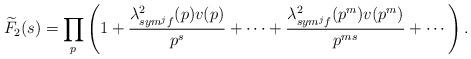
LaTeX: \begin{align*}\widetilde{F}_{2}(s)=\prod_{p}^{} \left(1+\frac{\lambda^{2}_{sym^{j}f}(p)v(p)}{p^{s}}+\cdots+\frac{\lambda^{2}_{sym^{j}f}(p^{m})v(p^{m})}{p^{ms}}+\cdots\right).\end{align*}